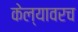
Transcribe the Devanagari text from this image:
केल्यावरच